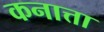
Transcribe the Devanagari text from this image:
कनात्ता